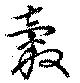
穀